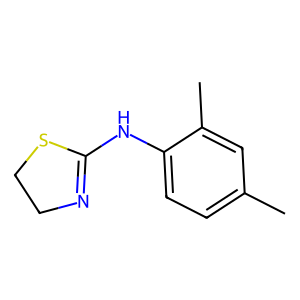
SMILES: Cc1ccc(NC2=NCCS2)c(C)c1
Inhibits HIV replication: No